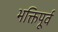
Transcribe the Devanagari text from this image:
भक्तिपूर्व